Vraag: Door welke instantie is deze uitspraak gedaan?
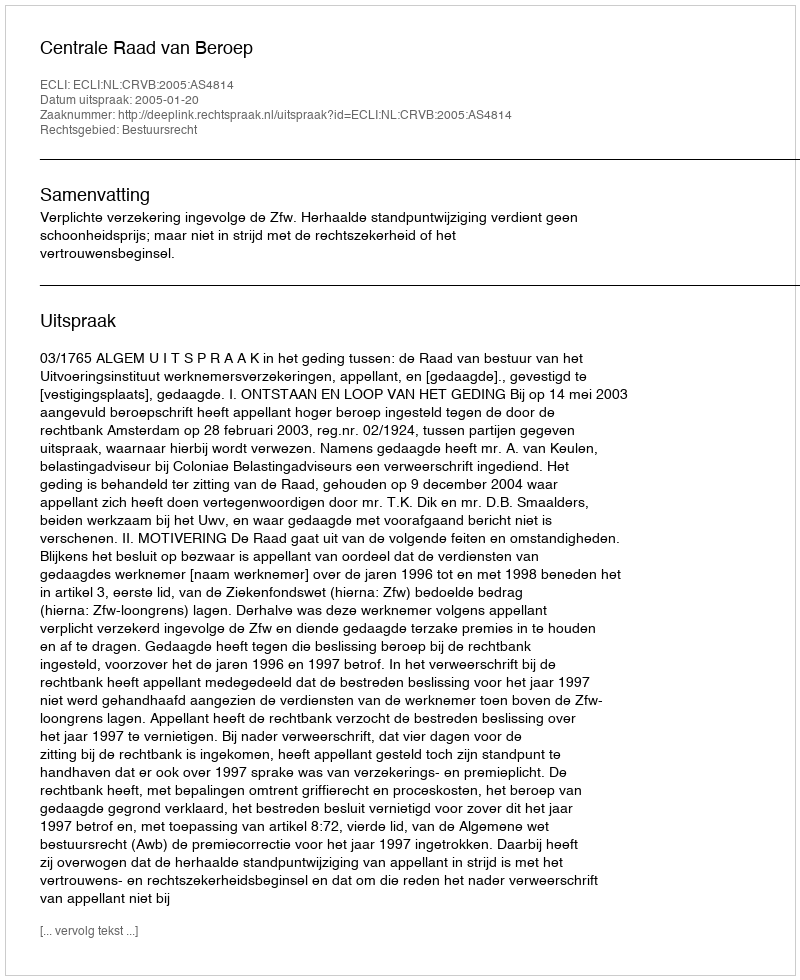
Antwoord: Centrale Raad van Beroep